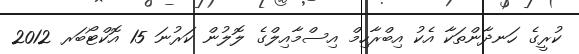
ކުރީގެ ހަނދާންތަކާ އެކު އިބްރާހިމް އިސްމާއިލްގެ ލޮލުން ކަރުނަ 15 އޮކްޓޯބަރ 2012